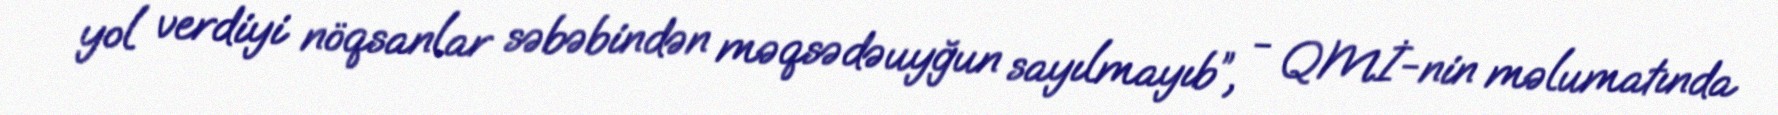
yol verdiyi nöqsanlar səbəbindən məqsədəuyğun sayılmayıb”, - QMİ-nin məlumatında